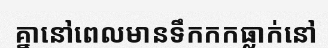
គ្នានៅពេលមានទឹកកកធ្លាក់នៅ